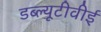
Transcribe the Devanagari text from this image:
डब्ल्यूटीवीई